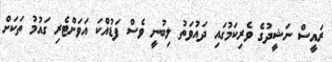
ރައީސް ނަޝީދުގެ ވެރިކަމުގައި ދައުވަތު ލިބުނީ ވެސް ފަޑުއްކަ އަވަށްޓެރި ގައުމު ތަކަށް